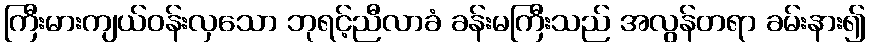
ကြီးမားကျယ်ဝန်းလှသော ဘုရင့်ညီလာခံ ခန်းမကြီးသည် အလွန်တရာ ခမ်းနား၍